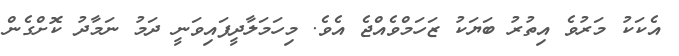
އެކަކު މަރުވެ އިތުރު ބަޔަކު ޒަހަމްވެއްޖެ އެވެ. މިހަމަލާދީފައިވަނީ ދަމު ނަމާދު ކޮށްގެން